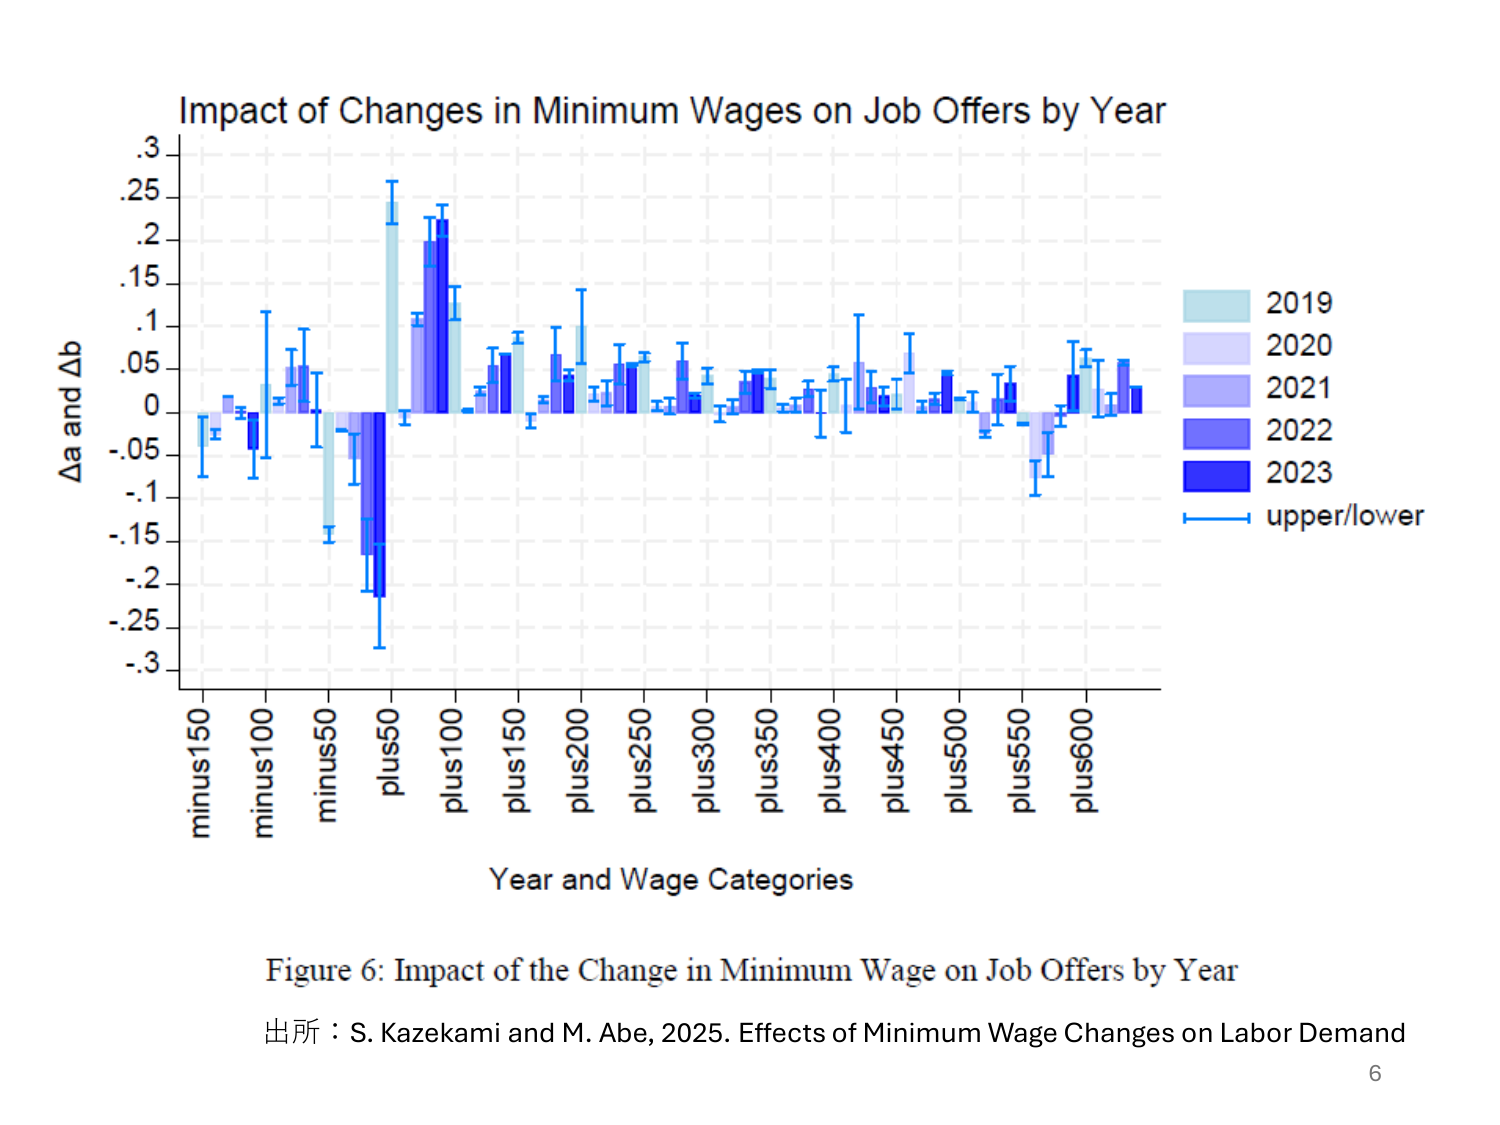
Impact of Changes in Minimum Wages on Job Offers by Year
.3
.25
.2
.15
.1
.05
0
-.05
-.1
-.15
-.2
-.25
-.3
Δa and Δb
minus150
minus100
minus50
plus50
plus100
plus150
plus200
plus250
plus300
plus350
plus400
plus450
plus500
plus550
plus600
Year and Wage Categories
2019
2020
2021
2022
2023
upper/lower
Figure 6: Impact of the Change in Minimum Wage on Job Offers by Year
出所：S. Kazekami and M. Abe, 2025. Effects of Minimum Wage Changes on Labor Demand
6